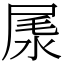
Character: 㞙